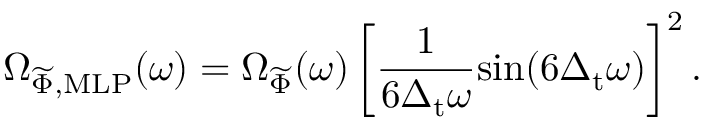
\Omega _ { \ensuremath { \widetilde { \Phi } } , \mathrm { M L P } } ( \omega ) = \Omega _ { \ensuremath { \widetilde { \Phi } } } ( \omega ) \left[ \frac { 1 } { 6 \Delta _ { \mathrm { t } } \omega } \mathrm { s i n } ( 6 \Delta _ { \mathrm { t } } \omega ) \right] ^ { 2 } .